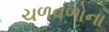
ચળવળોના